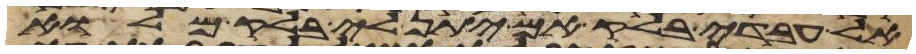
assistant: אל עבדי בלק אם יתן לי בלק מלוא